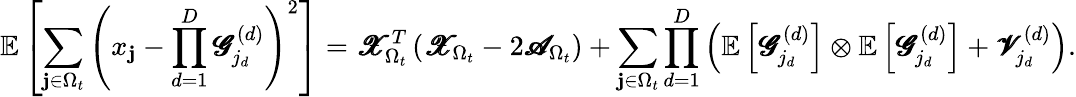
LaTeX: \mathbb{E}\left[\sum_{\mathbf{j}\in\Omega_{t}}\left(x_{\mathbf{j}}-\prod_{d=1}^{D}\pmb{\mathscr{G}}_{j_{d}}^{(d)}\right)^{2}\right]=\pmb{\mathscr{X}}_{\Omega_{t}}^{T}\left(\pmb{\mathscr{X}}_{\Omega_{t}}-2\pmb{\mathscr{A}}_{\Omega_{t}}\right)+\sum_{\mathbf{j}\in\Omega_{t}}\prod_{d=1}^{D}\left(\mathbb{E}\left[\pmb{\mathscr{G}}_{j_{d}}^{(d)}\right]\otimes\mathbb{E}\left[\pmb{\mathscr{G}}_{j_{d}}^{(d)}\right]+\pmb{\mathscr{V}}_{j_{d}}^{(d)}\right).